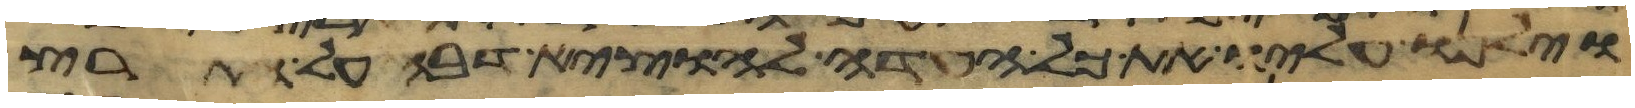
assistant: וילנו עליו את כל העדה להוציא דבה על הארץ